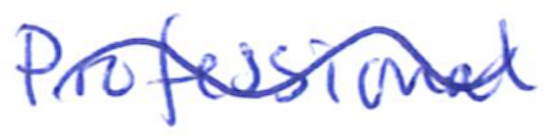
Text: Professional
Cross-out: wave
Writing tool: ballpoint